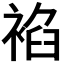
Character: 𧚧